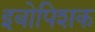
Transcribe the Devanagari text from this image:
इबोपिशक